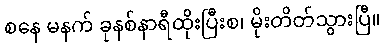
စနေ မနက် ခုနစ်နာရီထိုးပြီးစ၊ မိုးတိတ်သွားပြီ။